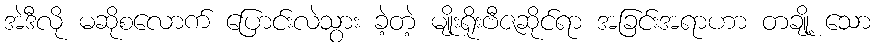
အဲဒီလို မဆိုစလောက် ပြောင်းလဲသွား ခဲ့တဲ့ မျိုးရိုးဗီဇဆိုင်ရာ အခြင်းအရာဟာ တချို့ သော